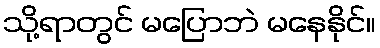
သို့ရာတွင် မပြောဘဲ မနေနိုင်။